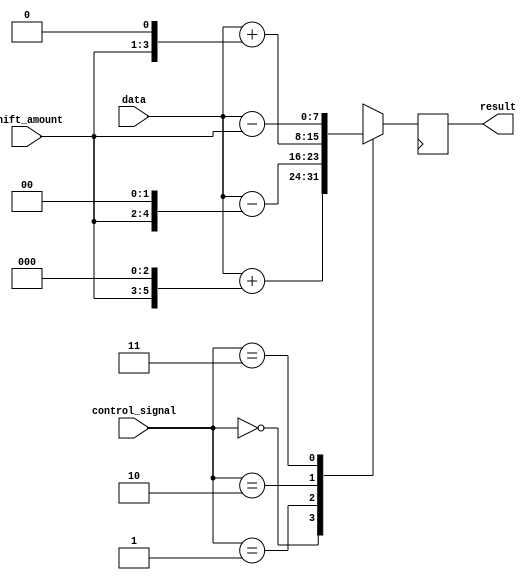
module barrel_shifter(
  input [7:0] data,
  input [2:0] shift_amount,
  input [1:0] control_signal,
  output reg [7:0] result
);

reg [7:0] temp;

always @(*) begin
  case(control_signal)
    2'b00: temp = data + (shift_amount << 3);
    2'b01: temp = data - (shift_amount << 2);
    2'b10: temp = data + (shift_amount << 1);
    2'b11: temp = data - shift_amount;
    default: temp = 8'b0;
  endcase
end

always @(posedge CLK) begin
  result <= temp;
end

endmodule